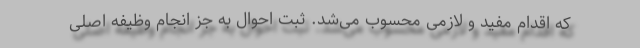
که اقدام مفید و لازمی محسوب می‌شد. ثبت احوال به جز انجام وظیفه اصلی